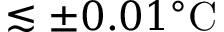
\lesssim \pm 0 . 0 1 ^ { \circ } \mathrm { C }